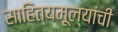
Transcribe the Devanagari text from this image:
साहित्यमूल्यांची